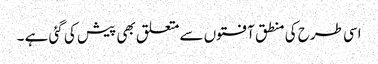
اسی طرح کی منطق آفتوں سے متعلق بھی پیش کی گئی ہے ۔